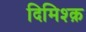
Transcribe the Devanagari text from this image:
दिमिश्क़